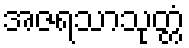
အဇရသာသုတ္တံ